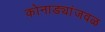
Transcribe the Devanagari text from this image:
कोनाड्यांजवळ